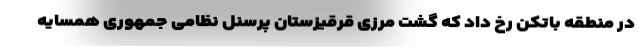
در منطقه باتکن رخ داد که گشت مرزی قرقیزستان پرسنل نظامی جمهوری همسایه